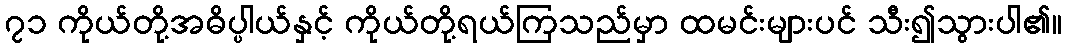
၇၁ ကိုယ်တို့အဓိပ္ပါယ်နှင့် ကိုယ်တို့ရယ်ကြသည်မှာ ထမင်းများပင် သီး၍သွားပါ၏။